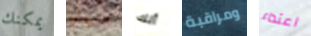
يمكنك الذي أنك ومراقبة اعتداء